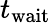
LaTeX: t_{\mathrm{wait}}